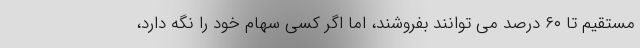
مستقیم تا ۶۰ درصد می توانند بفروشند، اما اگر کسی سهام خود را نگه دارد،